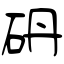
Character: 砃